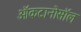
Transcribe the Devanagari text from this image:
ऑकटानोसॉल